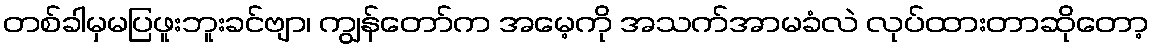
တစ်ခါမှမပြဖူးဘူးခင်ဗျာ၊ ကျွန်တော်က အမေ့ကို အသက်အာမခံလဲ လုပ်ထားတာဆိုတော့